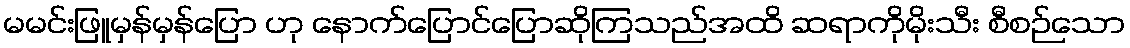
မမင်းဖြူမှန်မှန်ပြော ဟု နောက်ပြောင်ပြောဆိုကြသည်အထိ ဆရာကိုမိုးသီး စီစဉ်သော